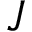
J